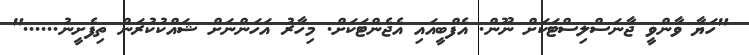
"ހަޔާ ވާންވީ ޖާނަސްލިސްޓަކަށް ނޫން. އެފްބީއައި އެޖެންޓަކަށް. މިހާރު އަހަންނަށް ޝައްކުކުރަން ތިފެށީނު......"